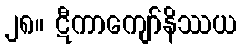
၂၈။ ဋီကာကျော်နိဿယ